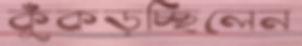
কুঁকড়চ্ছিলেন